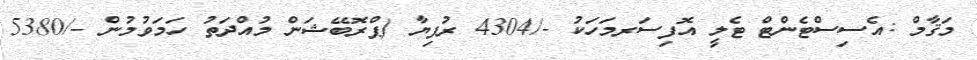
މަޤާމް :އެސިސްޓެންޓް ޓެލީ އޮފިސަރމަހަކު -/4304 ރުފިޔާ (ޕްރޮބޭޝަން މުއްދަތު ހަމަވުމުން -/5380